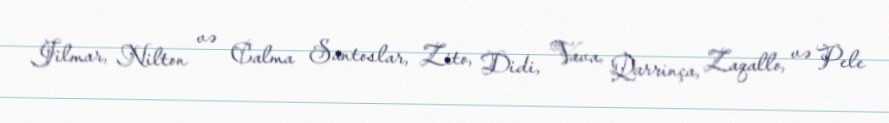
Jilmar, Nilton və Calma Santoslar, Zito, Didi, Vava, Qarrinça, Zaqallo, və Pele